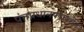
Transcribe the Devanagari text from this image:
पंतप्रधानपदावरील